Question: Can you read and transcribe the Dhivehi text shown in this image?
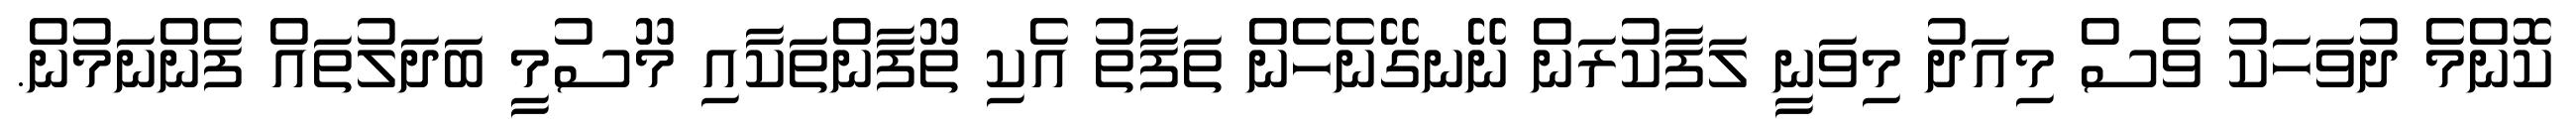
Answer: ކޮންމެ ދުވަހަކު ވެސް މިއަދު މިވަނީ ލަފާކުރަން ނޭނގޭނެހެން ތަފާތު އެކި ތޫފާންތަކާއި މޫސުމީ ބަދަލުތައް ފެންނަމުން.